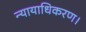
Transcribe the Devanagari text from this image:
न्यायाधिकरण।